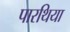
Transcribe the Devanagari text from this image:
पारथिया